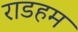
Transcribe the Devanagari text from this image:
राडहम